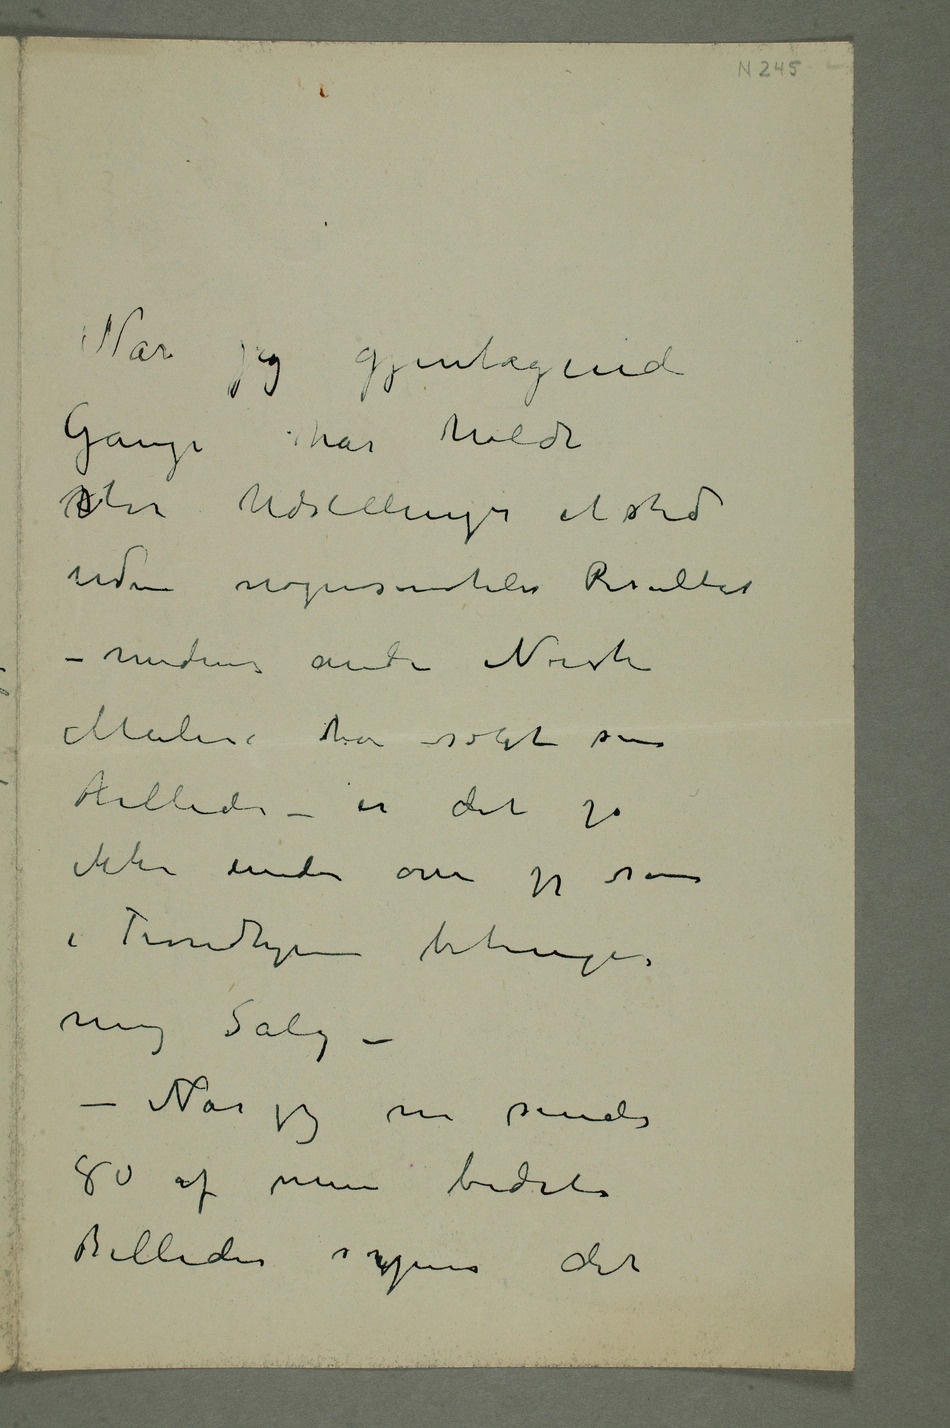
Når jeg gjentagende
Gange har holdt
Ustore Udstillinger et sted
uden nogensomhelst Resultat –
medens andre Norske
Malere har solgt sine
Billeder – er det jo
ikke under om jeg som
i Trondhjem betinger
mig Salg – –
Når jeg nu sender
80 af mine bedste
Billeder synes det